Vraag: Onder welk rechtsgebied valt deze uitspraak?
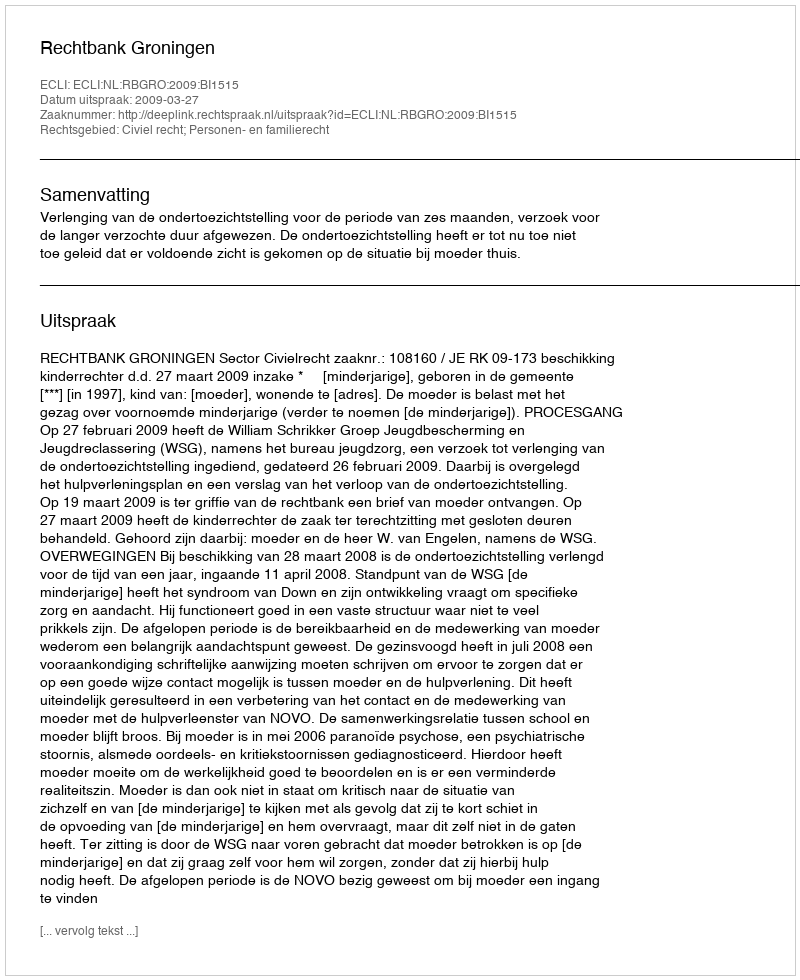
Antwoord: Civiel recht; Personen- en familierecht